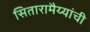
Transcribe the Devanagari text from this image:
सितारामैय्यांची